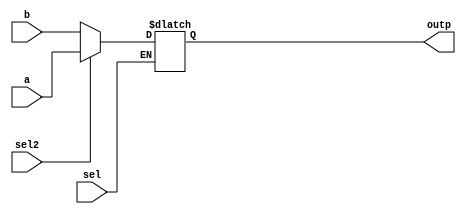
module IFC_NR_DGEL (a, b, sel, sel2, outp);
   input a, b, sel, sel2;
   output outp;
   reg outp;
   always @(a or b or sel or sel2)
   begin
      if (sel)
      if (sel2)
      outp = a;
      else
      outp = b;
   end
endmodule